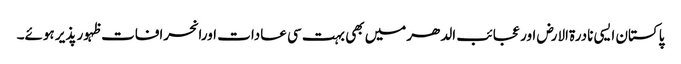
پاکستان ایسی نادرۃالارض اور عجائب الدھرمیں بھی بہت سی عادات اورانحرافات ظہور پذیر ہوئے۔